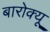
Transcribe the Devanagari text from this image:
बारोक्यू